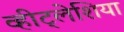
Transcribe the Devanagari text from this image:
व्हीट्लेशिया